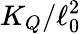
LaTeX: K_{Q}/\ell_{0}^{2}